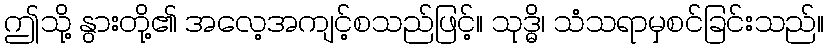
ဤသို့ နွားတို့၏ အလေ့အကျင့်စသည်ဖြင့်။ သုဒ္ဓိ၊ သံသရာမှစင်ခြင်းသည်။